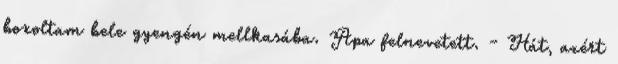
boxoltam bele gyengén mellkasába. Apa felnevetett. - Hát, azért